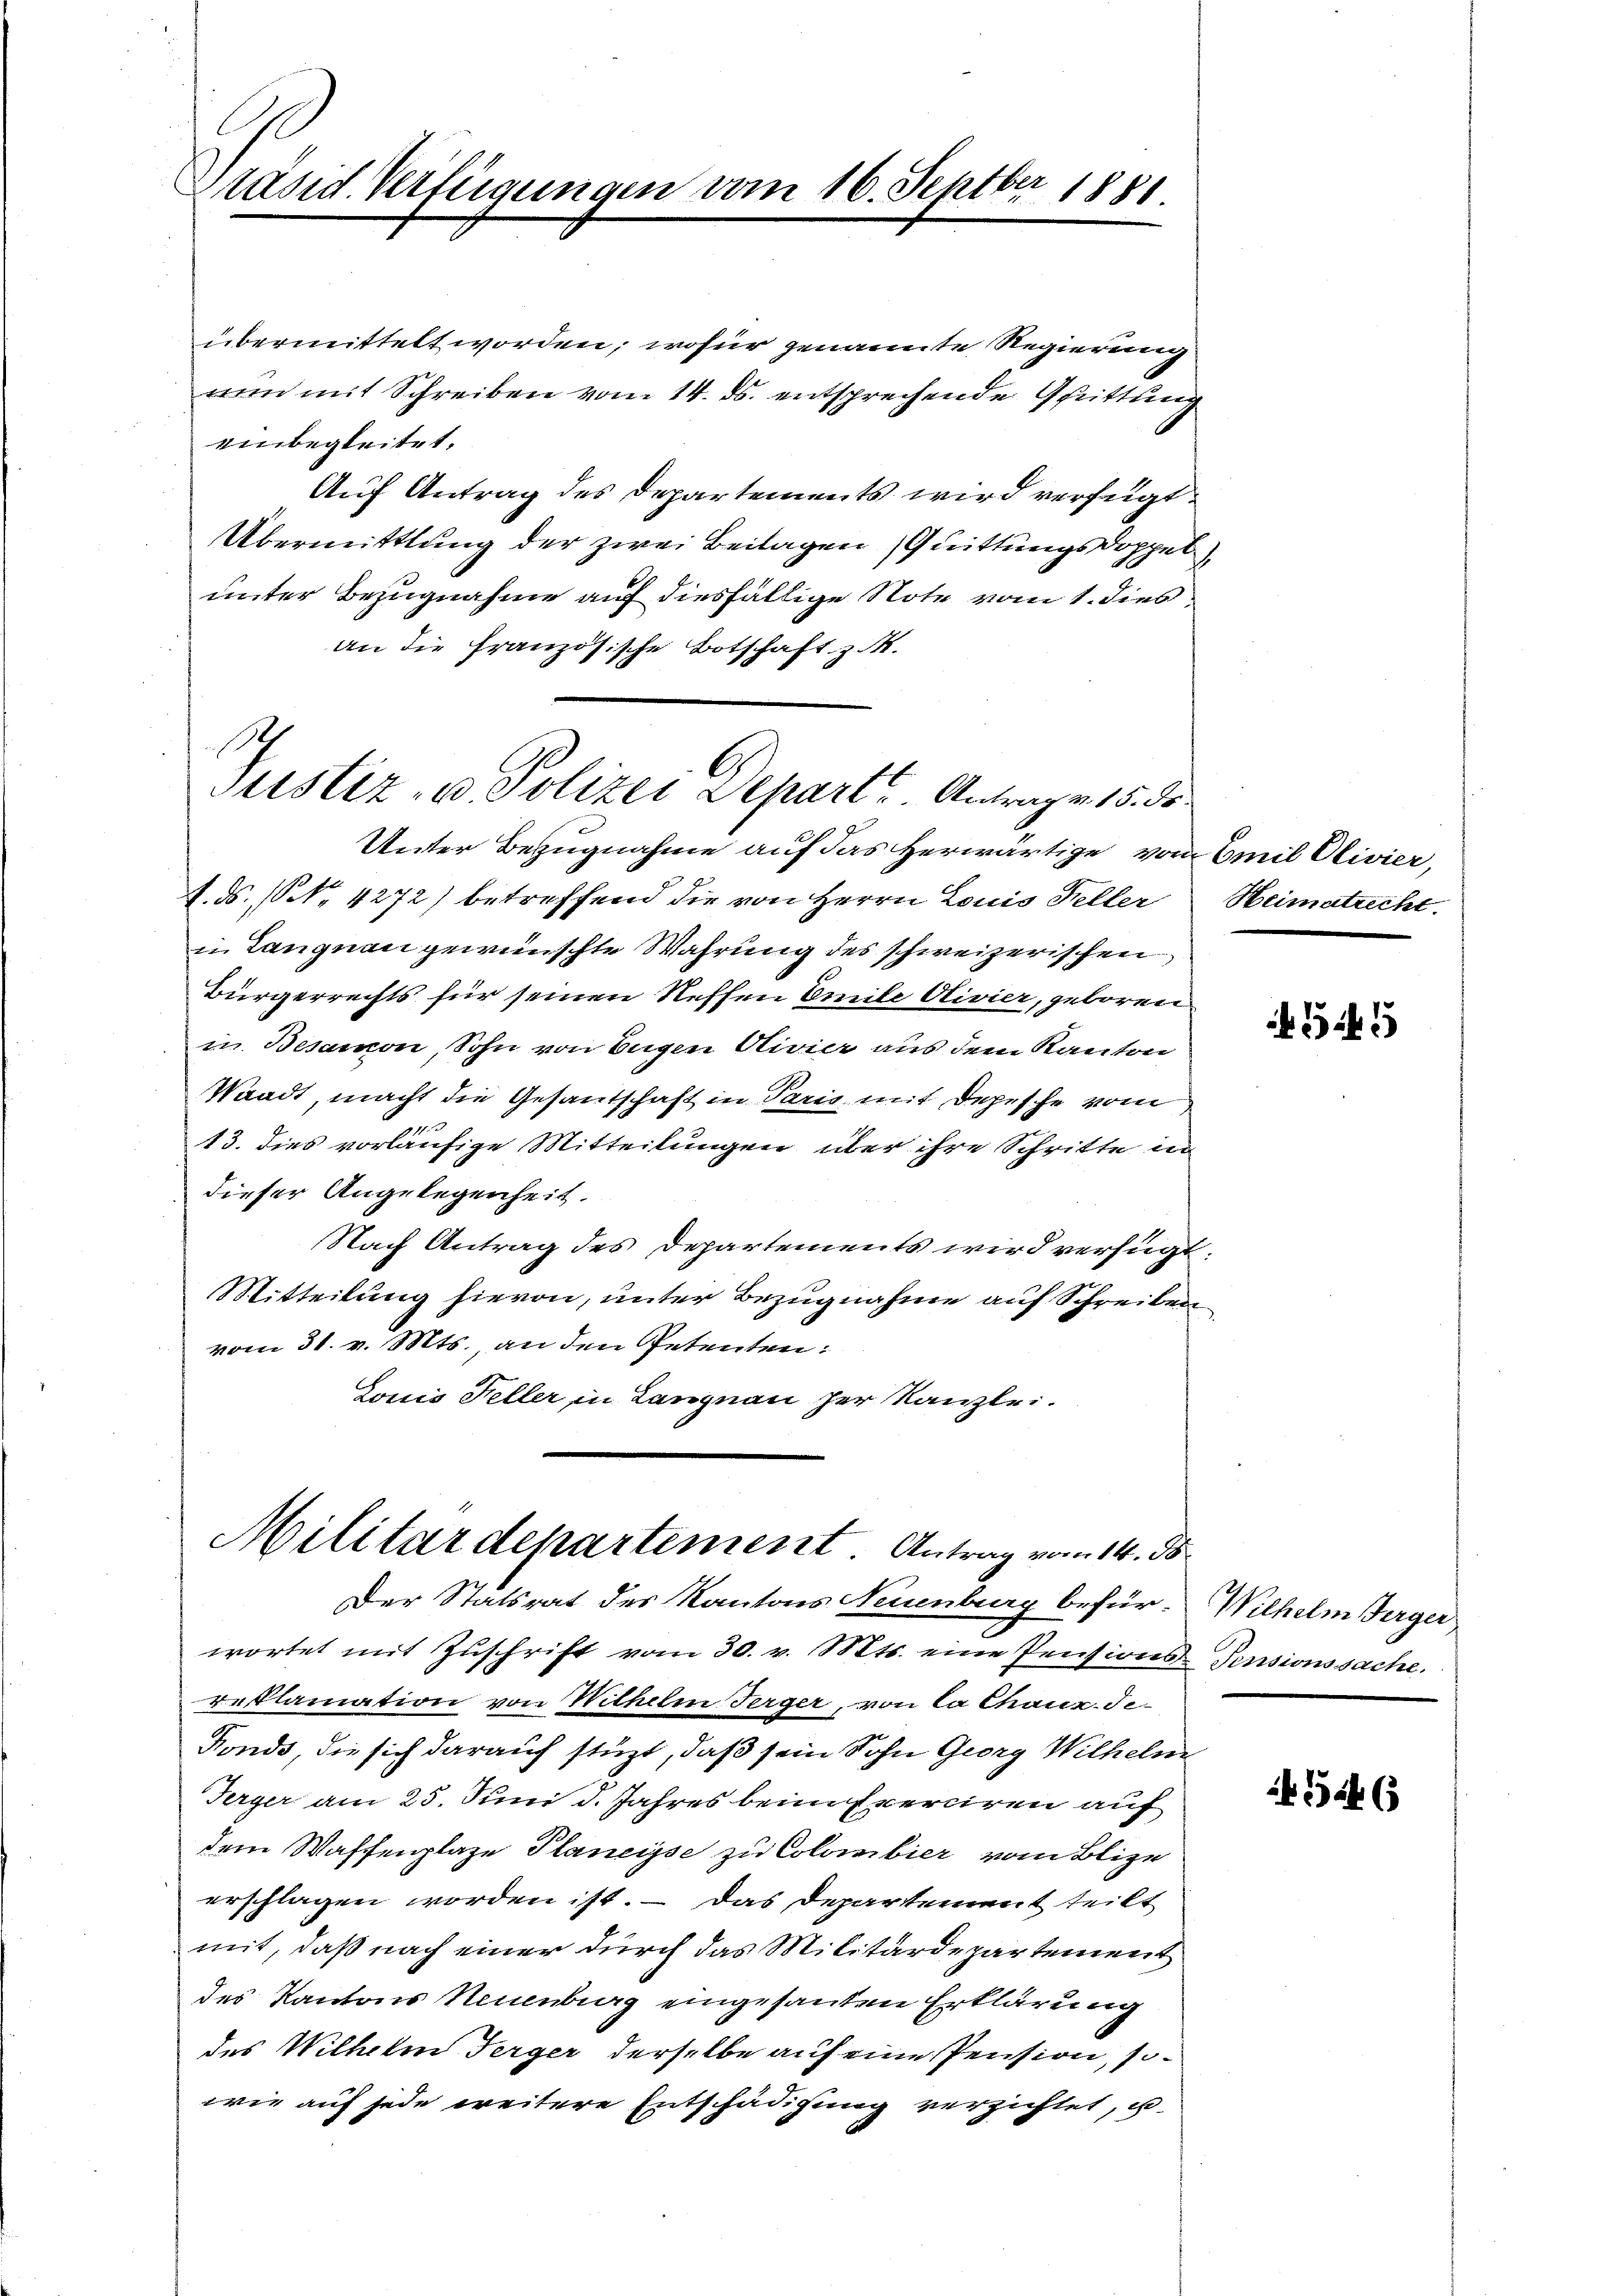
Präsid. Verfügungen vom 16. Septber 1881.

übermittelt worden; wofür genannte Regierung
nun mit Schreiben vom 14. ds. entsprechende Grüttung
einbegleitet.
Auf Antrag des Departements wird verfügt
Übermittlung der zwei Beilagen Quittungsdoppel
unter Bezugnahme auf diesfällige Note vom 1. dies
an die französische Botschaft z. M.
Unter Bezugnahme auf das Herwärtige vom Emil Olivier,
1. ds. (N. 4272) betreffend die von Herrn Louis Feller Heimatrecht.
in Langnau gewünschte Wahrung des schweizerischen
Bürgerrechts für seinen Neffen Emile vivier, geboren
in Besamon, Sohn von Eugen Civier aus dem Kanton
Waadt, macht die Gesantschaft in Paris mit Depesche vom
13. dies vorläufige Mitteilungen über ihre Schritte in
dieser Angelegenheit.
Nach Antrag des Departements wird verfügt,
Mitteilung hievon, unter Bezugnahme auf Schreiben
vom 31. v. Mts., an den Petenten:
Louis Feller in Langnau zur Kanzlei.

S
Justiz- u. Polizei Depart Antragen 15. ds.

Militärdepartement. Antrag vom 14. ds

Der Statsrat des Kantons Neuenburg befürwortet mit Zuschrift vom 30. v. Mts. eine Pensions-Pensionssache.
reklamation von Wilhelm Terger, von Ca Chaux-de-
Fonds, die sich darauf stüzt, daß sein Sohn Georg Wilhelm
Terger am 25. Juni d. Jahres beim Exerciren auf
dem Waffenplaze Planeise zu Colombier vom Blize
erschlagen worden ist. — Das Departement teilt
mit, daß nach einer durch das Militärdepartement
des Kantons Neuenburg eingesanten Erklärung
des Wilhelm Terger derselbe auf eine Pension, sowie auf jede weitere Entschädigung verzichtet, u

Wilhelm Berger

524 x